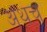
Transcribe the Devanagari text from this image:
अथच